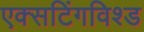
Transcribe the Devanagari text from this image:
एक्सटिंगविश्ड